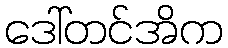
ဒေါ်တင်အိက